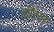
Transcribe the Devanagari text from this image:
डीरल